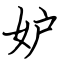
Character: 妒